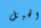
الحبل